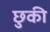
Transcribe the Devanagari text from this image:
छुकी